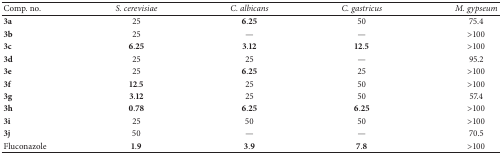
<table><thead><tr><td><b>Comp. no.</b></td><td><b><i>S. cerevisiae </i></b></td><td><b><i>C. albicans </i></b></td><td><b><i>C. gastricus </i></b></td><td><b><i>M. gypseum </i></b></td></tr></thead><tbody><tr><td><b>3a</b></td><td>25</td><td><b>6</b>.<b>25</b></td><td>50</td><td>75.4</td></tr><tr><td><b>3b</b></td><td>25</td><td>—</td><td>—</td><td>&gt;100</td></tr><tr><td><b>3c</b></td><td><b>6</b>.<b>25</b></td><td><b>3</b>.<b>12</b></td><td><b>12</b>.<b>5</b></td><td>&gt;100</td></tr><tr><td><b>3d</b></td><td>25</td><td>25</td><td>—</td><td>95.2</td></tr><tr><td><b>3e</b></td><td>25</td><td><b>6</b>.<b>25</b></td><td>25</td><td>&gt;100</td></tr><tr><td><b>3f</b></td><td><b>12</b>.<b>5</b></td><td>25</td><td>50</td><td>&gt;100</td></tr><tr><td><b>3g</b></td><td><b>3</b>.<b>12</b></td><td>25</td><td>50</td><td>57.4</td></tr><tr><td><b>3h</b></td><td><b>0</b>.<b>78</b></td><td><b>6</b>.<b>25</b></td><td><b>6</b>.<b>25</b></td><td>&gt;100</td></tr><tr><td><b>3i</b></td><td>25</td><td>50</td><td>50</td><td>&gt;100</td></tr><tr><td><b>3j</b></td><td>50</td><td>—</td><td>—</td><td>70.5</td></tr><tr><td>Fluconazole</td><td><b>1</b>.<b>9</b></td><td><b>3</b>.<b>9</b></td><td><b>7</b>.<b>8</b></td><td>&gt;100</td></tr></tbody></table>